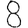
Digit: 8